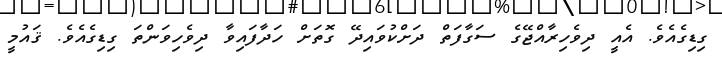
ގިޑިގެއެވެ. އެއީ ދިވެހިރާއްޖޭގެ ސަގާފަތް ދަށްކުވައިދޭ ގޮތަށް ހަދާފައިވާ ދިވެހިވަންތަ ގިޑިގެއެވެ. ޤައުމީ